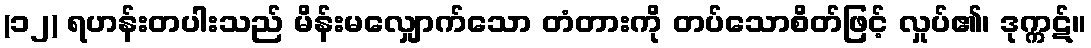
(၁၂) ရဟန်းတပါးသည် မိန်းမလျှောက်သော တံတားကို တပ်သောစိတ်ဖြင့် လှုပ်၏၊ ဒုက္ကဋ်။